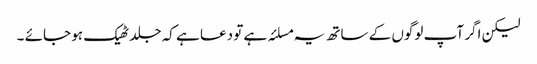
لیکن اگر آپ لوگوں کے ساتھ یہ مسلئہ ہے تو دعا ہے کہ جلد ٹھیک ہو جائے ۔